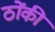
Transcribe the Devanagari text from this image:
ठोंकी